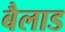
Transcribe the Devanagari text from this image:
बैलाड